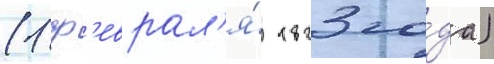
(1 ф'еврал'я́ 1823 го́да)